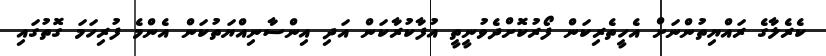
ކެރެލާގެ ރައްޔިތުންނަށް އެހީތެރިކަން ފޯރުކޮށްދެވުނީތީ އުފާކުރާކަން އަދި އިންސާނިއްޔަތުކަން އެންމެ ފުރިހަމަ ގޮތުގައި